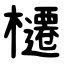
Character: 櫏